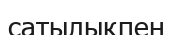
сатылықпен